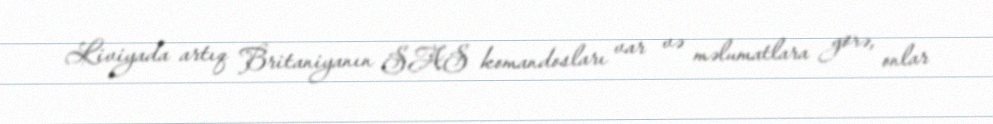
Liviyada artıq Britaniyanın SAS komandosları var və məlumatlara görə, onlar